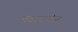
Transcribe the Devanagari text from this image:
नवावगंज